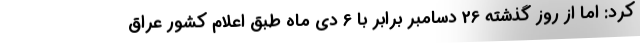
کرد: اما از روز گذشته 26 دسامبر برابر با 6 دی ماه طبق اعلام کشور عراق